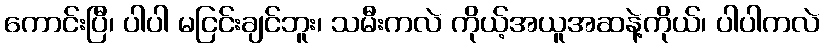
ကောင်းပြီ၊ ပါပါ မငြင်းချင်ဘူး၊ သမီးကလဲ ကိုယ့်အယူအဆနဲ့ကိုယ်၊ ပါပါကလဲ